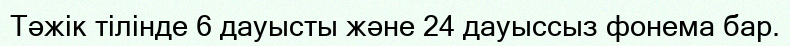
Тәжік тілінде 6 дауысты және 24 дауыссыз фонема бар.